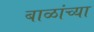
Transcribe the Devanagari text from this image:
बाळांच्या